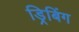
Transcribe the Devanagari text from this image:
ड्रिबिंग